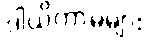
ဒါယိကာမများ